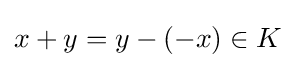
x+y=y-(-x)\in K